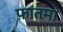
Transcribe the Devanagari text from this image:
फ़ातमा